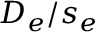
D _ { e } / s _ { e }